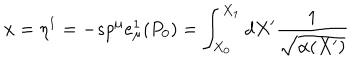
x = \eta ^ { 1 } = - s p ^ { \mu } e _ { \mu } ^ { 1 } ( P _ { 0 } ) = \int _ { X _ { 0 } } ^ { X _ { 1 } } d X ^ { \prime } \frac { 1 } { \sqrt { \alpha ( X ^ { \prime } ) } }